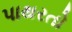
પાથરતો